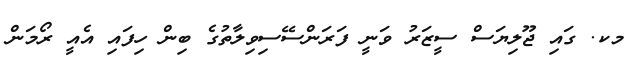
މކ. ގައި ޖޫލިޔަސް ސީޒަރު ވަނީ ފަރަންސޭސިވިލާތުގެ ބިން ހިފައި އެއީ ރޯމަން